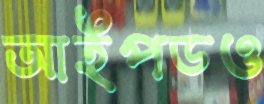
আইপডও